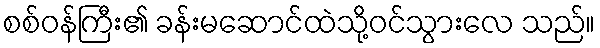
စစ်ဝန်ကြီး၏ ခန်းမဆောင်ထဲသို့ဝင်သွားလေ သည်။